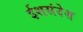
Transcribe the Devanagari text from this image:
ईशसंदेश